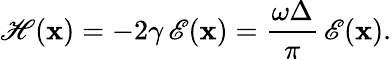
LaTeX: \mathscr{H}(\mathbf{x})=-2\gamma\, \mathscr{E}(\mathbf{x})=\frac{\omega\Delta}{\pi}\, \mathscr{E}(\mathbf{x}).